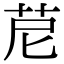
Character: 苨